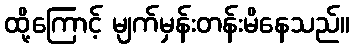
ထို့ကြောင့် မျက်မှန်းတန်းမိနေသည်။